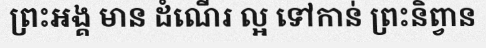
ព្រះអង្គ មាន ដំណើរ ល្អ ទៅកាន់ ព្រះនិព្វាន